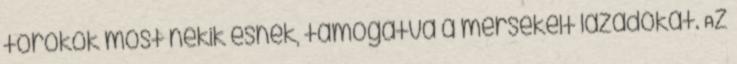
törökök most nekik esnek, támogatva a mérsékelt lázadókat. Az